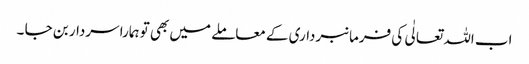
اب اللہ تعالٰی کی فرمانبرداری کے معاملے میں بھی تو ہمارا سردار بن جا ۔